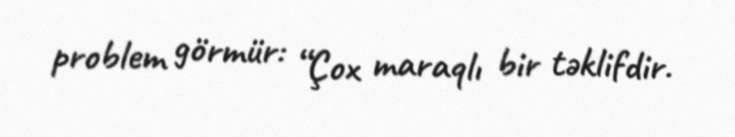
problem görmür: “Çox maraqlı bir təklifdir.